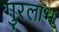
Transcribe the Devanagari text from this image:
गुरलाभ